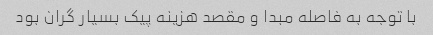
با توجه به فاصله مبدا و مقصد هزینه پیک بسیار گران بود